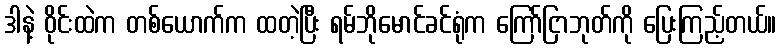
ဒါနဲ့ ဝိုင်းထဲက တစ်ယောက်က ထတဲ့ပြီး ရမ်ဘိုမောင်ခင်ရုံက ကြော်ငြာဘုတ်ကို ပြေးကြည့်တယ်။